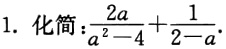
1. 化简：$\frac{2a}{a^{2}-4}+\frac{1}{2 - a}$.